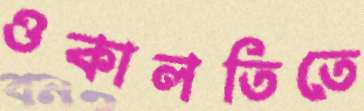
ওকালতিতে